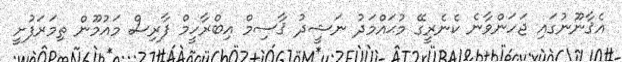
އެޤާނޫނުގައި ޖަހަންވާނެ ކެނެރީގޭ މުޙައްމަދު ނަޝީދު ޤާސިމް އިބްރާހީމް ފާރިސް މައުމޫން ތިމަރަފުށީ